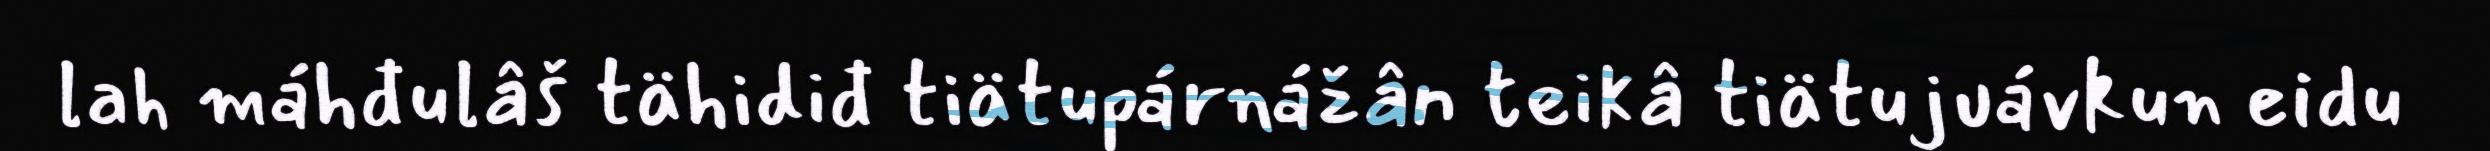
lah máhđulâš tähidiđ tiätupárnážân teikâ tiätujuávkun eidu